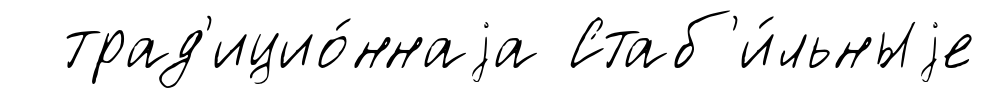
трад'ицио́ннаjа Стаб'и́льныjе